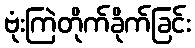
ဗုံးကြဲတိုက်ခိုက်ခြင်း